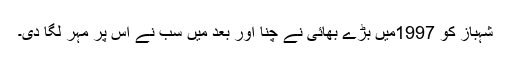
شہباز کو 1997میں بڑے بھائی نے چنا اور بعد میں سب نے اس پر مہر لگا دی۔